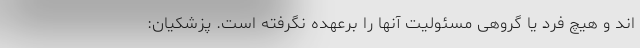
اند و هیچ فرد یا گروهی مسئولیت آنها را برعهده نگرفته است. پزشکیان: